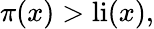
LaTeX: \pi(x)>\operatorname{li}(x),